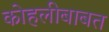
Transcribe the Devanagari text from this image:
कोहलीबाबत